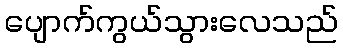
ပျောက်ကွယ်သွားလေသည်